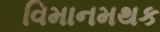
વિમાનમથક